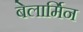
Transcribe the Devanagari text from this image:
बेलार्मिन